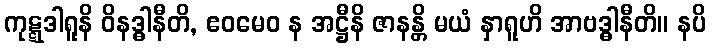
ကုဋ္ဋဒါရူနိ ဝိနဒ္ဓါနီတိ, ဧဝမေဝ န အဋ္ဌီနိ ဇာနန္တိ မယံ နှာရူဟိ အာဗဒ္ဓါနီတိ။ နပိ